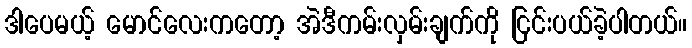
ဒါပေမယ့် မောင်လေးကတော့ အဲဒီကမ်းလှမ်းချက်ကို ငြင်းပယ်ခဲ့ပါတယ်။